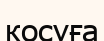
косуға